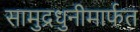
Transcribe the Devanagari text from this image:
सामुद्रधुनीमार्फत